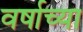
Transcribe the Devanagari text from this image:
वर्षाच्‍या